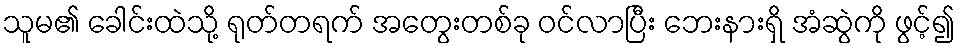
သူမ၏ ခေါင်းထဲသို့ ရုတ်တရက် အတွေးတစ်ခု ဝင်လာပြီး ဘေးနားရှိ အံဆွဲကို ဖွင့်၍